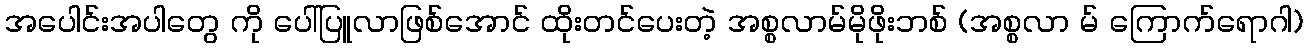
အပေါင်းအပါတွေ ကို ပေါ်ပြူလာဖြစ်အောင် ထိုးတင်ပေးတဲ့ အစ္စလာမ်မိုဖိုးဘစ် (အစ္စလာ မ် ကြောက်ရောဂါ)